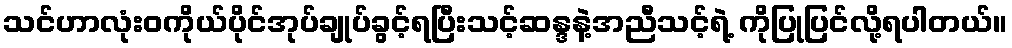
သင်ဟာလုံးဝကိုယ်ပိုင်အုပ်ချုပ်ခွင့်ရပြီးသင့်ဆန္ဒနဲ့အညီသင့်ရဲ့ ကိုပြုပြင်လို့ရပါတယ်။